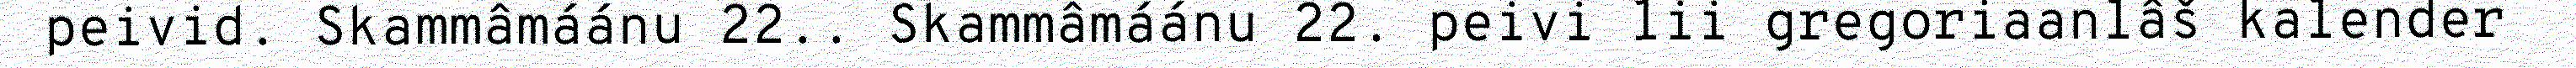
peivid. Skammâmáánu 22.. Skammâmáánu 22. peivi lii gregoriaanlâš kalender